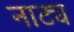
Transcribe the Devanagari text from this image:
नाट्य